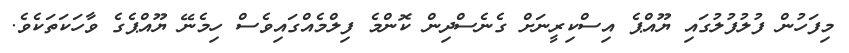
މިފަހުން ފުލުފުލުގައި ޔޫއްޕެ އިސްކިރީނަށް ގެނެސްދިން ކޮންމެ ފިލްމެއްގައިވެސް ހިމެނޭ ޔޫއްޕެގެ ވާހަކަތަކެވެ.